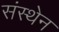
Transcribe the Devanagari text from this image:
संस्थेन